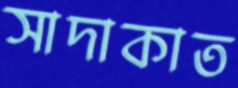
সাদাকাত